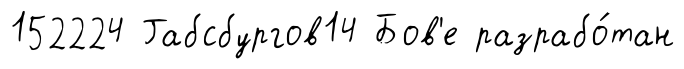
152224 Габсбургов14 Бов'е разрабо́тан